Indian Medical Review
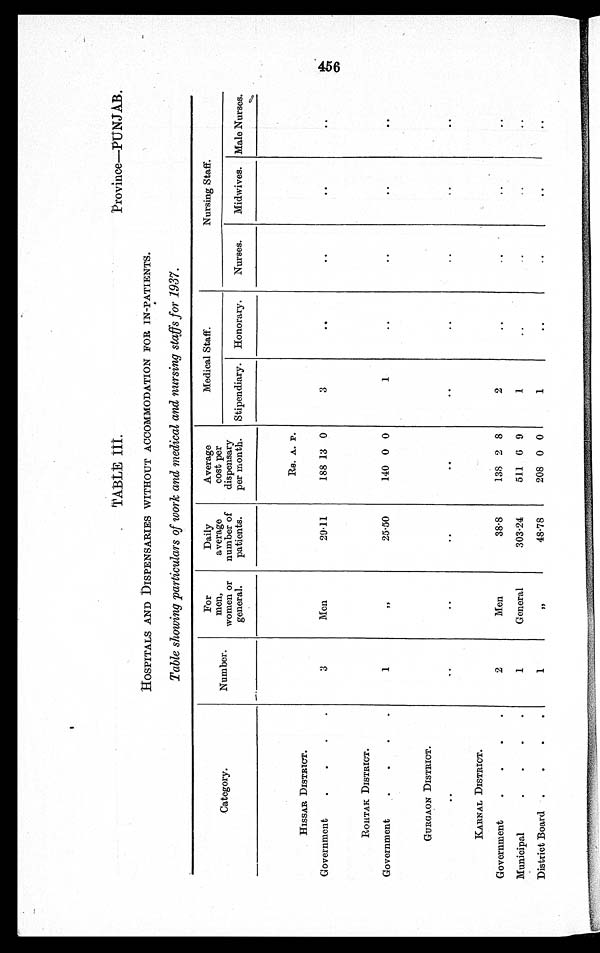
TABLE III.
Province—PUNJAB.
HOSPITALS AND DISPENSARIES WITHOUT ACCOMMODATION FOR IN-PATIENTS.
Table showing particulars of work and medical and nursing staffs for 1937.
Category.
Number.
For
men,
women or
general.
Daily
average
number of
patients.
Average
cost per
dispensary
per month.
Medical Staff.
Nursing Staff.
Stipendiary.
Honorary.
Nurses.
Midwives. Male Nurses.
HISSAR DISTRICT.
Rs. A. P.
Government
.
.
.
.
3
Men
29.11
188 13 0
3
. .
. .
. .
. .
ROHTAK DISTRICT.
Government
.
.
.
.
, ,
25.50
140 0 0
1
..
..
..
..
GURGAON DISTRICT.
. .
. .
. .
. .
. .
. .
. .
. .
..
. .
KARNAL DISTRICT.
Government
.
.
.
.
2
Men
38.8
138 2 8
2
..
..
. .
..
Muni ci pal . . . .
1
General
303.24
511 6 9
1
..
.. ..
..
District Board
.
.
.
.
1
, ,
48.78
208 0 0
1
..
. .
. .
..
456